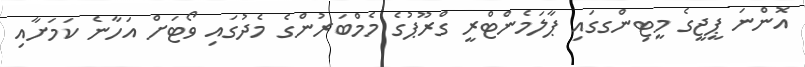
އޮންނަ ޕީޖީގެ މީޓިންގގައި ޕާލަމެންޓްރީ ގްރޫޕުގެ މެމްބަރުންގެ މެދުގައި ވޯޓަށް އަހާނެ ކަމަށާއި